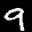
Label: 9